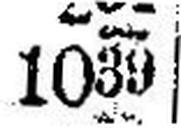
1039